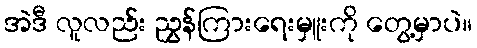
အဲဒီ လူလည်း ညွှန်ကြားရေးမှူးကို တွေ့မှာပဲ။